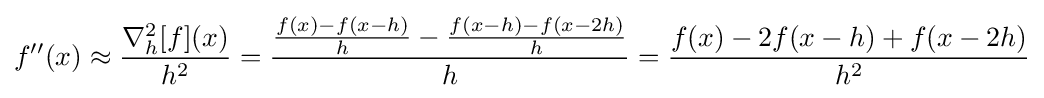
f''(x)\approx {\frac {\nabla _{h}^{2}[f](x)}{h^{2}}}={\frac {{\frac {f(x)-f(x-h)}{h}}-{\frac {f(x-h)-f(x-2h)}{h}}}{h}}={\frac {f(x)-2f(x-h)+f(x-2h)}{h^{2}}}